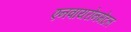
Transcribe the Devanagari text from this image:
एनवायरोनमेंटल